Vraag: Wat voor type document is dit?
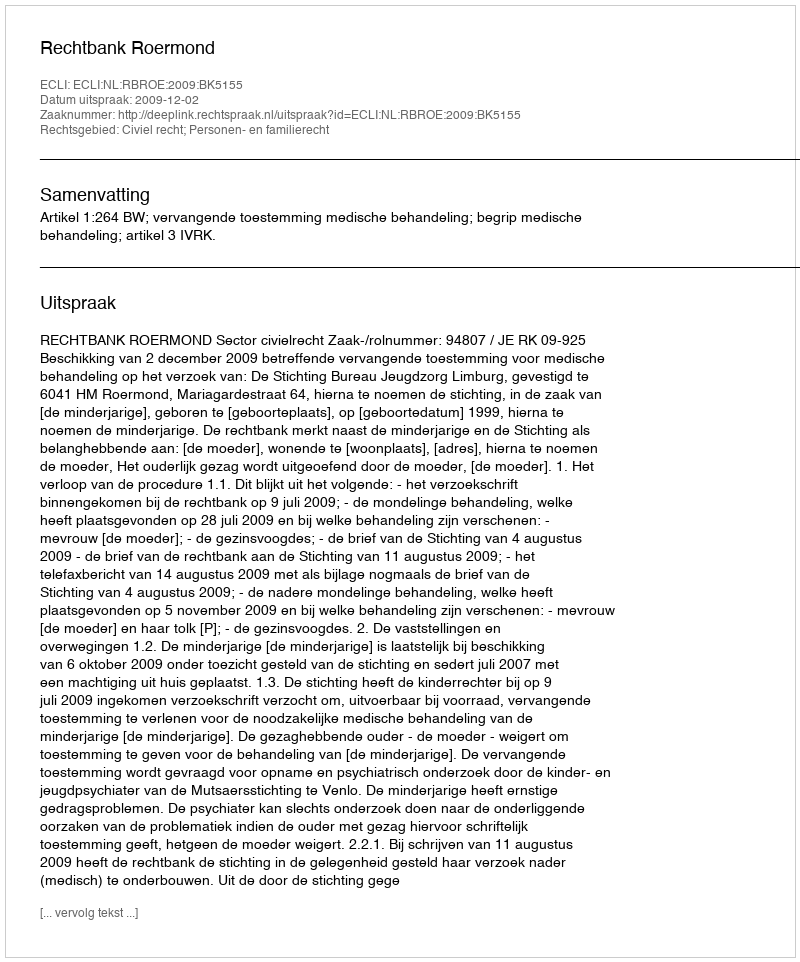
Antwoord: Uitspraak